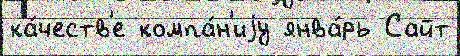
ка́честв'е компа́н'иjу янва́рь Сайт